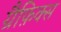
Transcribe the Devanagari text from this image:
ग्रैफ़िक्स